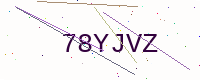
Text: 78YJVZ